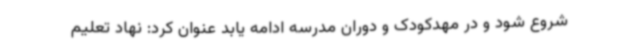
شروع شود و در مهدکودک و دوران مدرسه ادامه یابد عنوان کرد: نهاد تعلیم